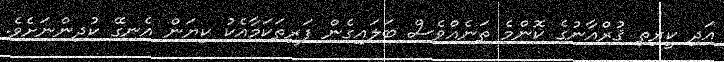
އަދި ކީރިތި ޤުރްއާނުގެ ކޮންމެ ތަނެއްވެސް ބަލައިގެން ފަރިތަކަމާއެކު ކިޔަން އެނގޭ ކުދިންނަށެވެ.